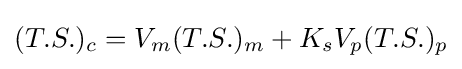
(T.S.)_{c}=V_{m}(T.S.)_{m}+K_{s}V_{p}(T.S.)_{p}